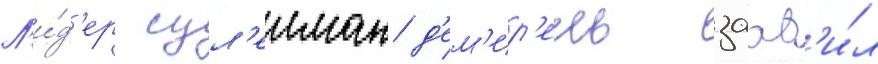
Л'и́д'ер сул'еиман д'ем'ир'ель заав'и́л